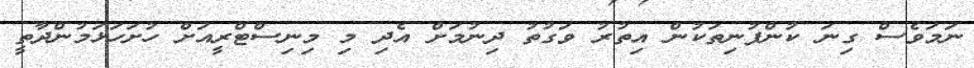
ނަމަވެސް ގިނަ ކުންފުނިތަކުން އިތުރު ވަގުތު ދިނުމަށް އެދި މި މިނިސްޓްރީއަށް ހުށަހަޅަމުންދާތީ